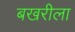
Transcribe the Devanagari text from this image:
बखरीला